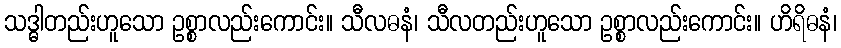
သဒ္ဓါတည်းဟူသော ဥစ္စာလည်းကောင်း။ သီလဓနံ၊ သီလတည်းဟူသော ဥစ္စာလည်းကောင်း။ ဟိရိဓနံ၊